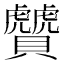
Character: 贙